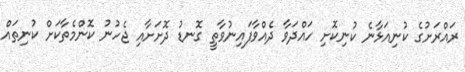
ރައްރަށުގެ ކުނިއަޅާނެ ކުނިކޮށި ހައްދަވާ ދެއްވާފައިނުވާތީ ގޮނޑު ދޮށަށާއި ޖެހުނު ކޮންމެތާކަށް ކުނިތައް